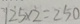
1 2 5 \times 2 = 2 5 0